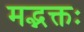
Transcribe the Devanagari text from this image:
मद्भक्तः